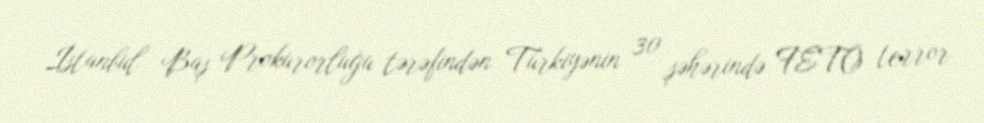
İstanbul Baş Prokurorluğu tərəfindən Türkiyənin 30 şəhərində FETÖ terror